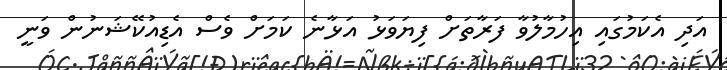
އަދި އެކަމުގައި އިހުމާލުވާ ފަރާތަށް ފިޔަވަޅު އަޅާނެ ކަމަށް ވެސް އެޑިއުކޭޝަނުން ވަނީ